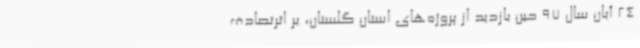
24 آبان سال 97 حین بازدید از پروژه‌های استان گلستان، بر اثرتصادف